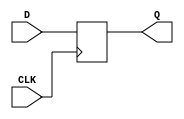
`timescale 1ns / 1ps

module register # (parameter WL_reg = 16)
(
    input CLK,
    input [WL_reg - 1 : 0] D,
    output reg [WL_reg - 1 : 0] Q
);
always @(posedge CLK)
    Q = D;
endmodule